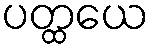
ပတ္ထယေ